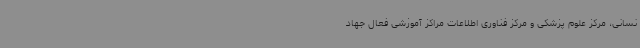
نسانی، مرکز علوم پزشکی و مرکز فناوری اطلاعات مراکز آموزشی فعال جهاد